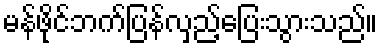
မန်ဖိုင်ဘက်ပြန်လှည့်ပြေးသွားသည်။